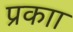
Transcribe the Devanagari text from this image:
प्रकाा